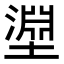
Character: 𭏰